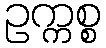
ဥက္ကစ္စ